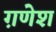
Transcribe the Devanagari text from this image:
ग़णेश